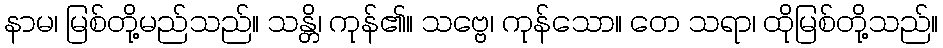
နာမ၊ မြစ်တို့မည်သည်။ သန္တိ၊ ကုန်၏။ သဗ္ဗေ၊ ကုန်သော။ တေ သရာ၊ ထိုမြစ်တို့သည်။